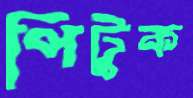
পিটুক